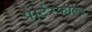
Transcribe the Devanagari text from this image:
पोर्टरफील्ड